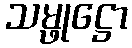
သမ္ဖုဋ္ဌော